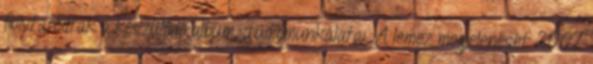
folytatódtak a készülődő album stúdiómunkálatai. A lemez megjelenését 2007